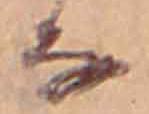
な